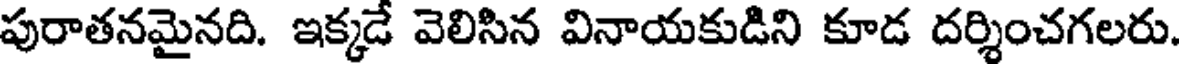
పురాతనమైనది. ఇక్కడే వెలిసిన వినాయకుడిని కూడ దర్శించగలరు